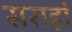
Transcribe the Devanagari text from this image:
सराहां